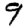
Digit: 9